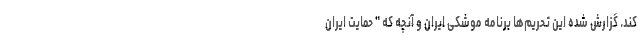
كند. گزارش شده این تحریم‌ها برنامه موشكی ایران و آنچه که " حمایت ایران